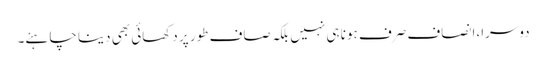
دوسرا،ا نصاف صرف ہونا ہی نہیں بلکہ صاف طور پر دکھائی بھی دینا چاہئے۔